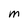
Character: M